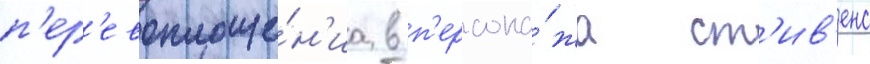
п'ер'евоплоще́н'иа в п'ерсона́жа ст'ив'енс